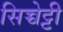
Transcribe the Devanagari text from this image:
सिच्चेट्टी